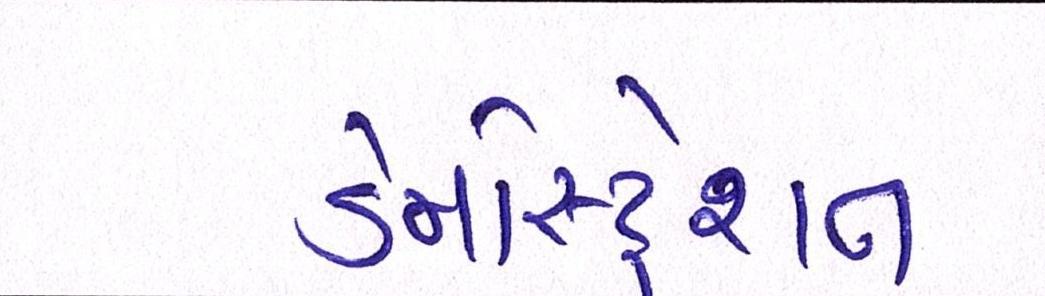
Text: ડેમોસ્ટ્રેશન